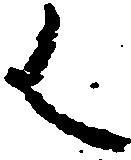
御